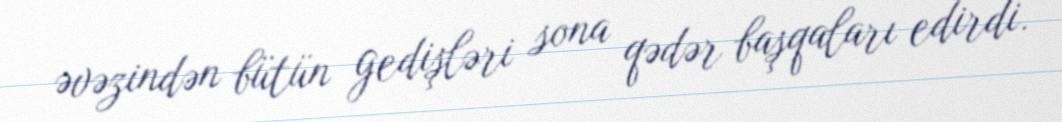
əvəzindən bütün gedişləri sona qədər başqaları edirdi.